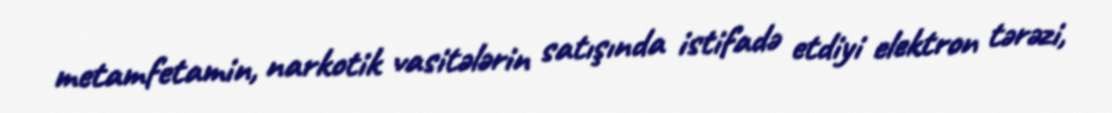
metamfetamin, narkotik vasitələrin satışında istifadə etdiyi elektron tərəzi,